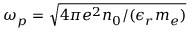
\omega _ { p } = \sqrt { 4 \pi e ^ { 2 } n _ { 0 } / ( \epsilon _ { r } m _ { e } ) }